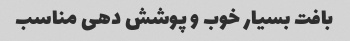
بافت بسیار خوب و پوشش دهی مناسب